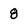
Character: 8